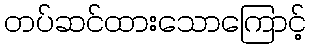
တပ်ဆင်ထားသောကြောင့်